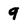
Character: 9